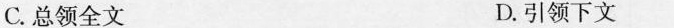
C.总领全文 D.引领下文